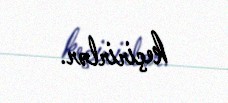
keçirirlər.